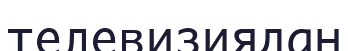
телевизиядан